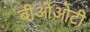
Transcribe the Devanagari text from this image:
बीओओटी